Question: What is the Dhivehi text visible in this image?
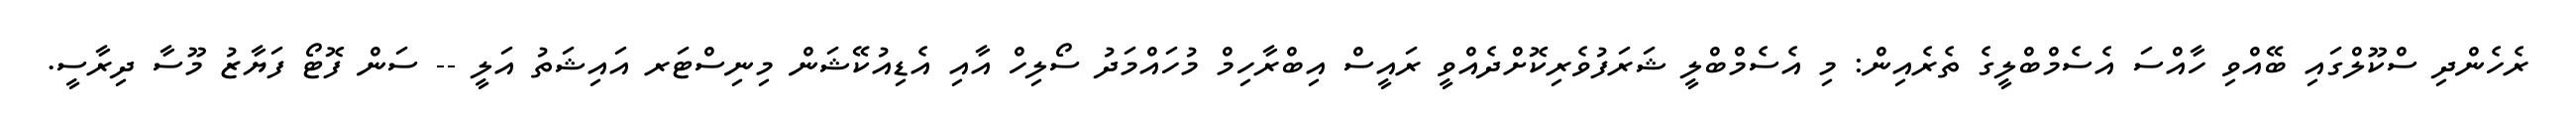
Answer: ރެހެންދި ސްކޫލްގައި ބޭއްވި ހާއްސަ އެސެމްބްލީގެ ތެރެއިން: މި އެސެމްބްލީ ޝަރަފުވެރިކޮށްދެއްވީ ރައީސް އިބްރާހިމް މުހައްމަދު ސޯލިހް އާއި އެޑިއުކޭޝަން މިނިސްޓަރ އައިޝަތު އަލީ -- ސަން ފޮޓޯ ފަޔާޒު މޫސާ ދިރާސީ.